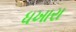
ધખારા